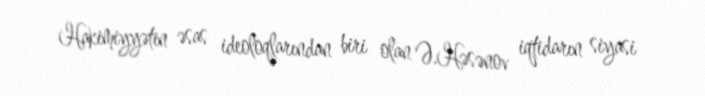
Hakimiyyətin əsas ideoloqlarından biri olan Ə.Həsənov iqtidarın siyasi